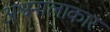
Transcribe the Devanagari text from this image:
अश्वनालाकार